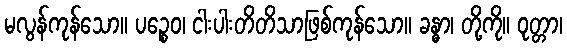
မလွန်ကုန်သော။ ပဉ္စေဝ၊ ငါးပါးတိတိသာဖြစ်ကုန်သော။ ခန္ဓာ၊ တို့ကို။ ဝုတ္တာ၊